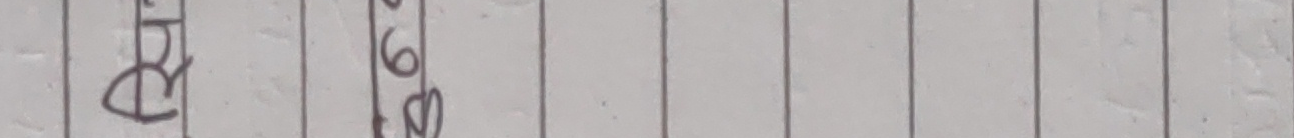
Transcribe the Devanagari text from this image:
बरु 69